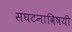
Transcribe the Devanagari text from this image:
संघटनाविषयी